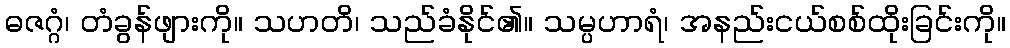
ဓဇဂ္ဂံ၊ တံခွန်ဖျားကို။ သဟတိ၊ သည်ခံနိုင်၏။ သမ္ပဟာရံ၊ အနည်းငယ်စစ်ထိုးခြင်းကို။